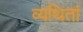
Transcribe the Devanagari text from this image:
व्यथितां